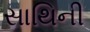
સાથિની